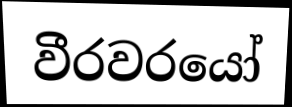
වීරවරයෝ